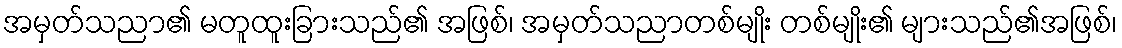
အမှတ်သညာ၏ မတူထူးခြားသည်၏ အဖြစ်၊ အမှတ်သညာတစ်မျိုး တစ်မျိုး၏ များသည်၏အဖြစ်၊